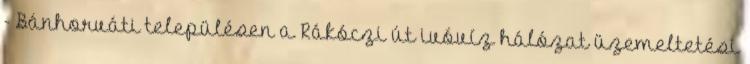
- Bánhorváti településen a Rákóczi út ivóvíz hálózat üzemeltetési